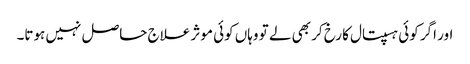
اور اگر کوئی ہسپتال کا رخ کر بھی لے تو وہاں کوئی موثر علاج حاصل نہیں ہوتا۔